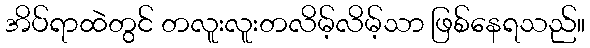
အိပ်ရာထဲတွင် တလူးလူးတလိမ့်လိမ့်သာ ဖြစ်နေရသည်။